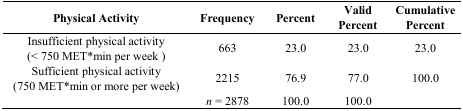
<table><thead><tr><td><b>Physical Activity</b></td><td><b>Frequency</b></td><td><b>Percent</b></td><td><b>Valid Percent</b></td><td><b>Cumulative Percent</b></td></tr></thead><tbody><tr><td>Insufficient physical activity (&lt; 750 MET*min per week )</td><td>663</td><td>23.0</td><td>23.0</td><td>23.0</td></tr><tr><td>Sufficient physical activity (750 MET*min or more per week)</td><td>2215</td><td>76.9</td><td>77.0</td><td>100.0</td></tr><tr><td></td><td><i>n</i> = 2878</td><td>100.0</td><td>100.0</td><td></td></tr></tbody></table>